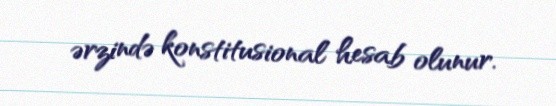
ərzində konstitusional hesab olunur.